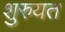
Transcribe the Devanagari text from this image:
शुरुयत